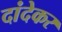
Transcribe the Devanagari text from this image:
दांदेकर